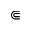
\Subset